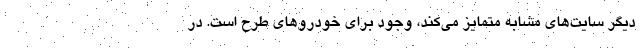
دیگر سایت‌های مشابه متمایز می‌کند، وجود برای خودروهای طرح است. در